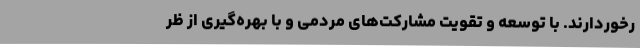
رخوردارند. با توسعه و تقویت مشارکت‌های مردمی و با بهره‌گیری از ظر